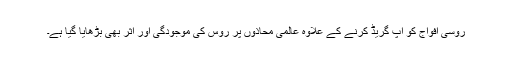
روسی افواج کو اپ گریڈ کرنے کے علاوہ عالمی محاذوں پر روس کی موجودگی اور اثر بھی بڑھایا گیا ہے۔